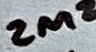
Text: 2M2